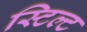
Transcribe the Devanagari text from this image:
स्टिल्ट